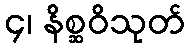
၄၊ နိစ္ဆဝိသုတ်